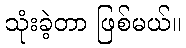
သုံးခဲ့တာ ဖြစ်မယ်။